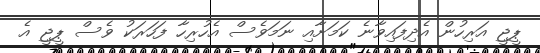
ޕީޖީ އަރިހުން އެދިފައިވާނެ ކަމަށާއި ނަމަވެސް އެހުރިހާ ފަހަރަކު ވެސް ޕީޖީ އެ